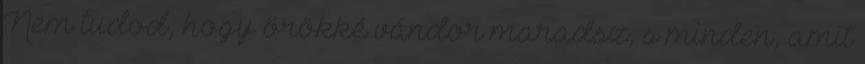
Nem tudod, hogy örökké vándor maradsz, s minden, amit